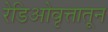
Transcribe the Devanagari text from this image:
रेडिओवृत्तातून